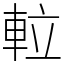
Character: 𨋢